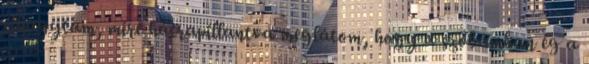
elhagytam, mire hátrapillantva meglátom, hogy a szobámban ég a